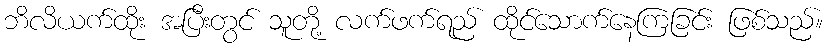
ဘိလိယက်ထိုး အပြီးတွင် သူတို့ လက်ဖက်ရည် ထိုင်သောက်နေကြခြင်း ဖြစ်သည်။